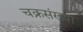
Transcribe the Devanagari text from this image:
चक्रसंख्या